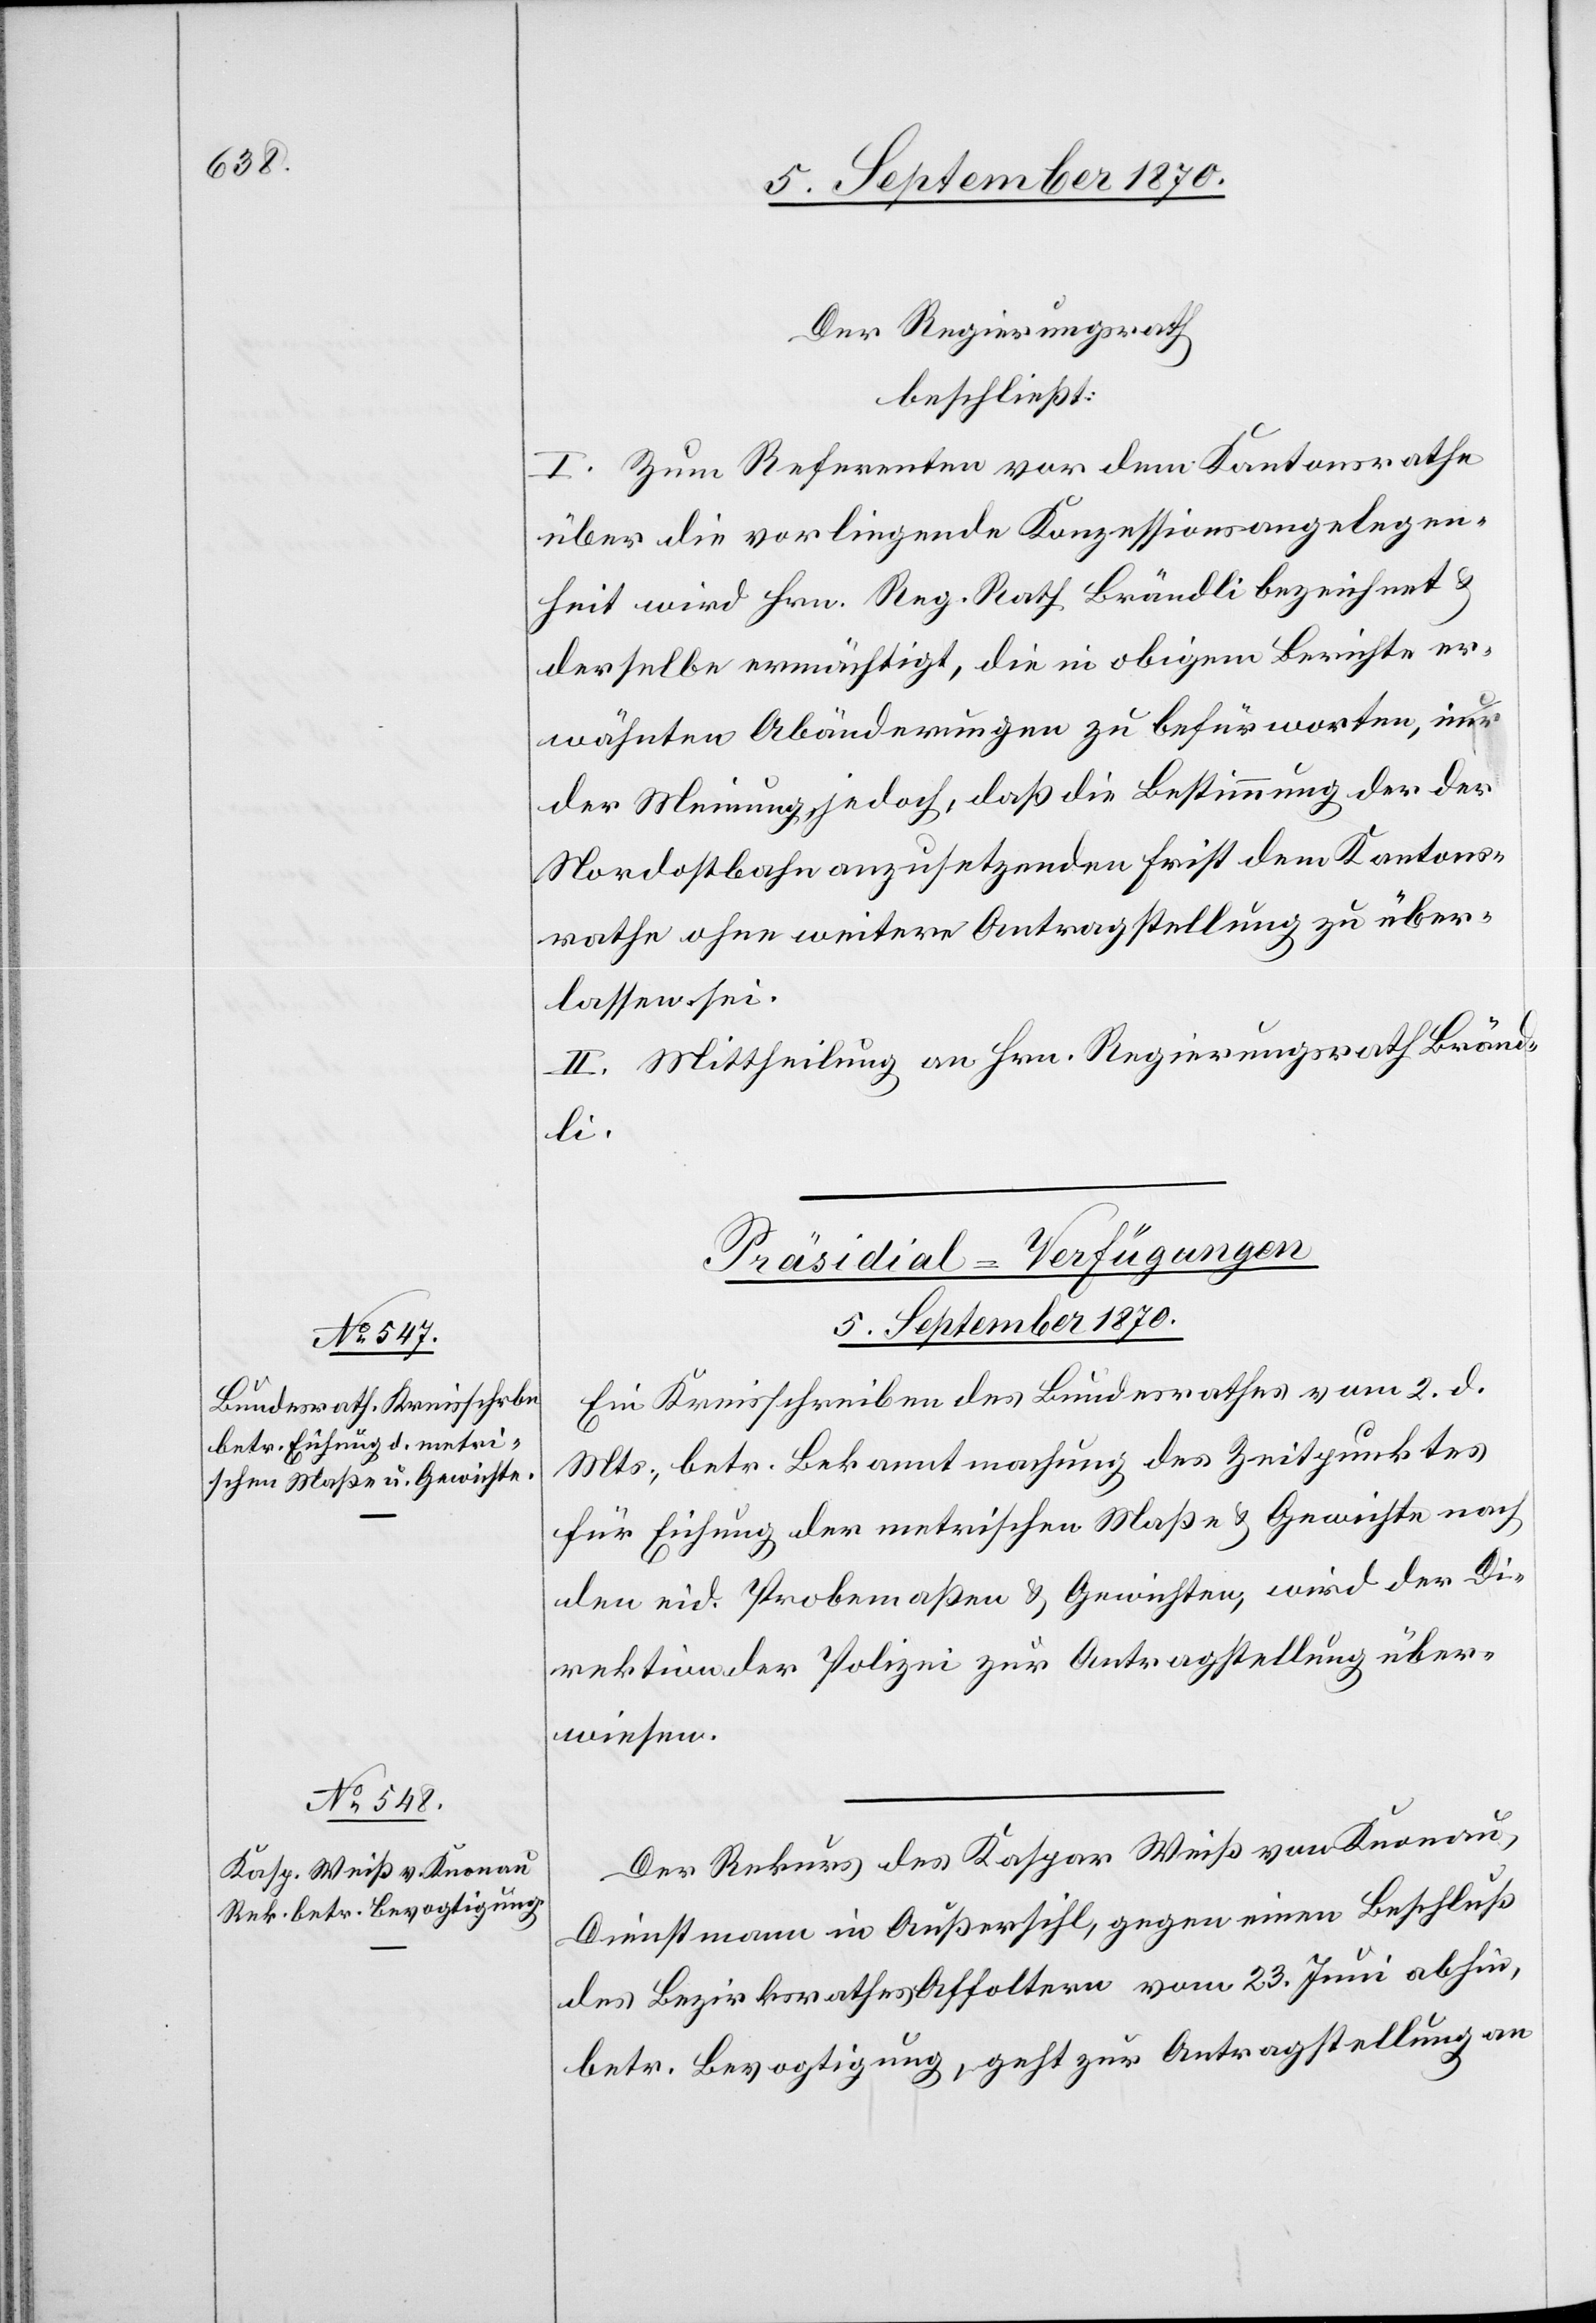
Der Regierungsrath
beschließt:
I. Zum Referenten vor dem Kantonsrathe
über die vorliegende Konzessionsangelegen¬
heit wird Hrn. Reg. Rath. Brändli bezeichnet &
derselbe ermächtig, die in obigem Berichte er¬
wähnten Abänderungen zu befürworten, a-in
der Meinung, jedoch, daß die Bestimmung der der
Nordostbahn anzusetzenden Frist dem Kantons¬
rath ohne weitere Antragstellung zu über¬
lassen sei.
II. Mittheilung an Hrn. Regierungsrath Bränd¬
li.
[Präsidial-Verfügungen
5. September 1870.]
Ein Kreisschreiben des Bundesrathes vom 2. d.
Mts., betr. Bekanntmachung des Zeitpunktes
für Eichung der metrischen Maße & Gewichte nach
den eid. Probemaßen & Gewichten, wird der Di¬
rektion der Polizei zur Antragstellung über¬
wiesen.
Der Rekurs des Kaspar Weiß von Knonau,
Dienstmann in Außersihl, gegen einen Beschluß
des Bezirksrathes Affoltern vom 23. Juni abhin,
betr. Bevogtigung, geht zur Antragstellung an